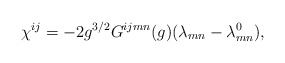
\begin{align*}\chi ^{ij}=-2g^{3/2}G^{ijmn}(g)(\lambda _{mn}-\lambda _{mn}^{0}),\end{align*}